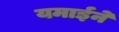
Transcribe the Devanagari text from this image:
यमाईने